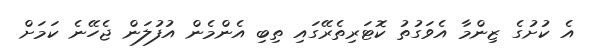
އެ ކުށުގެ ޒިންމާ އެވަގުތު ކޮޓަރިތެރޭގައި ތިބި އެންމެން އުފުލަން ޖެހޭނެ ކަމަށް